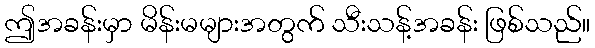
ဤအခန်းမှာ မိန်းမများအတွက် သီးသန့်အခန်း ဖြစ်သည်။